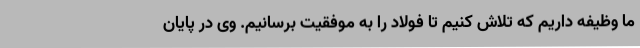
ما وظیفه داریم که تلاش کنیم تا فولاد را به موفقیت برسانیم. وی در پایان